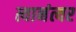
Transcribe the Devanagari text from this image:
त्यानंत्यर